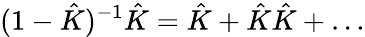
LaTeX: (1-\hat{K})^{-1}\hat{K}=\hat{K}+\hat{K}\hat{K}+\dots